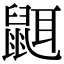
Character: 𪕔